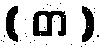
( တ )